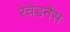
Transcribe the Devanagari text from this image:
रेचेडनैस